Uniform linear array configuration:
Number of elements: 8
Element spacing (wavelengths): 0.5
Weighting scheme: binomial
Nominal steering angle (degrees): -60
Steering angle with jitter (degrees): -61.187
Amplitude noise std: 0.05
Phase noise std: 0.05

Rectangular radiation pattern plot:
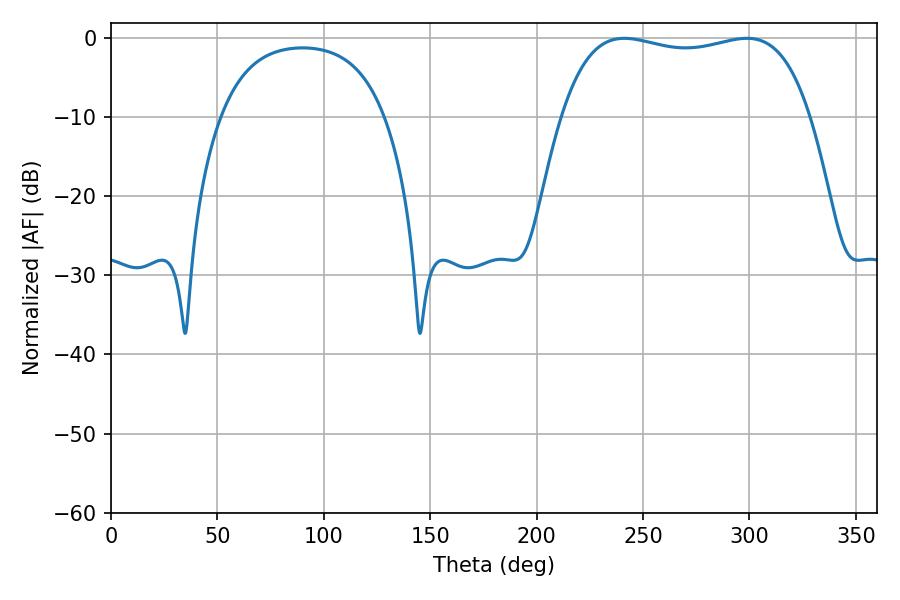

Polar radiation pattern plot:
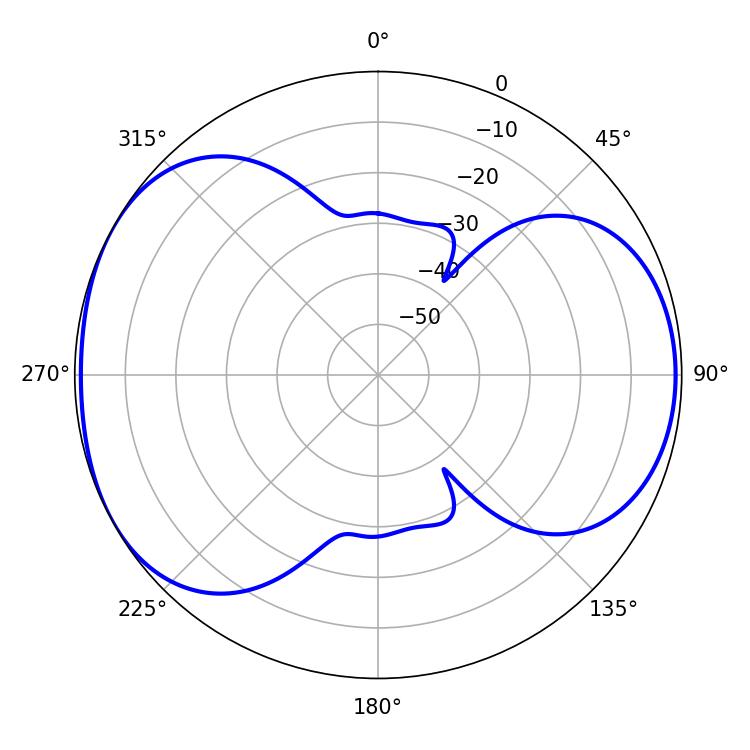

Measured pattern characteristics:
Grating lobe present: FALSE
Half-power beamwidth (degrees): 94.32
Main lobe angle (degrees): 241.2